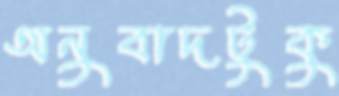
অনুবাদটুকু